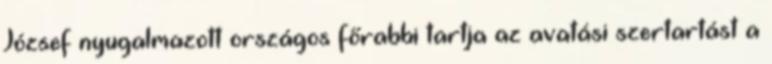
József nyugalmazott országos főrabbi tartja az avatási szertartást a